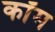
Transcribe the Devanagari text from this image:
कॉँम